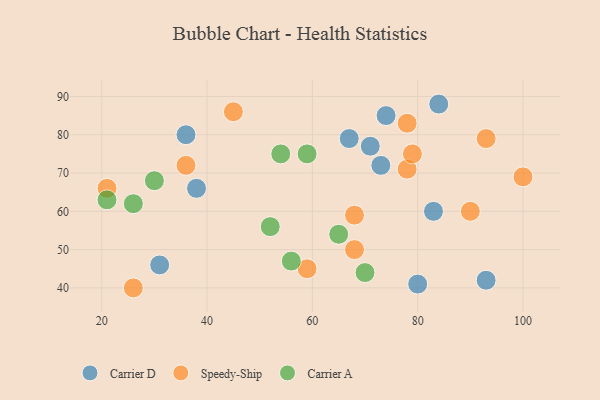
{"axis": {"x": "GDP", "y": "Life Expectancy"}, "legend": ["Carrier A", "Carrier D", "Speedy-Ship"], "data": [{"x": "36", "y": 80, "type": "Carrier D"}, {"x": "74", "y": 85, "type": "Carrier D"}, {"x": "80", "y": 41, "type": "Carrier D"}, {"x": "67", "y": 79, "type": "Carrier D"}, {"x": "83", "y": 60, "type": "Carrier D"}, {"x": "73", "y": 72, "type": "Carrier D"}, {"x": "71", "y": 77, "type": "Carrier D"}, {"x": "31", "y": 46, "type": "Carrier D"}, {"x": "93", "y": 42, "type": "Carrier D"}, {"x": "38", "y": 66, "type": "Carrier D"}, {"x": "84", "y": 88, "type": "Carrier D"}, {"x": "78", "y": 71, "type": "Speedy-Ship"}, {"x": "78", "y": 83, "type": "Speedy-Ship"}, {"x": "79", "y": 75, "type": "Speedy-Ship"}, {"x": "68", "y": 59, "type": "Speedy-Ship"}, {"x": "45", "y": 86, "type": "Speedy-Ship"}, {"x": "68", "y": 50, "type": "Speedy-Ship"}, {"x": "36", "y": 72, "type": "Speedy-Ship"}, {"x": "93", "y": 79, "type": "Speedy-Ship"}, {"x": "26", "y": 40, "type": "Speedy-Ship"}, {"x": "90", "y": 60, "type": "Speedy-Ship"}, {"x": "100", "y": 69, "type": "Speedy-Ship"}, {"x": "21", "y": 66, "type": "Speedy-Ship"}, {"x": "59", "y": 45, "type": "Speedy-Ship"}, {"x": "65", "y": 54, "type": "Carrier A"}, {"x": "52", "y": 56, "type": "Carrier A"}, {"x": "21", "y": 63, "type": "Carrier A"}, {"x": "56", "y": 47, "type": "Carrier A"}, {"x": "59", "y": 75, "type": "Carrier A"}, {"x": "54", "y": 75, "type": "Carrier A"}, {"x": "26", "y": 62, "type": "Carrier A"}, {"x": "70", "y": 44, "type": "Carrier A"}, {"x": "30", "y": 68, "type": "Carrier A"}]}